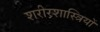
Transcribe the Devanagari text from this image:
शरीरशास्त्रियों